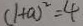
( 1 + a ) ^ { 2 } = 4